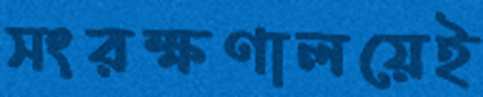
সংরক্ষণালয়েই